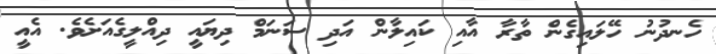
ހެނދުނު ހޭލައިގެން ތާރާ އާއި ކައިލާން އަދި ސަނަމް ދިޔައީ ދިއްލީގެއަށެވެ. އެއީ